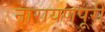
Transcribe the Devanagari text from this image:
नारायणपूरी